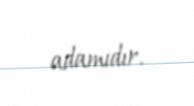
adamıdır.